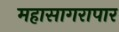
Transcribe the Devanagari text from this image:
महासागरापार